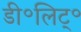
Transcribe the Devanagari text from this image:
डी॰लिट्॰